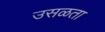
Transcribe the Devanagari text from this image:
उसळता